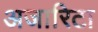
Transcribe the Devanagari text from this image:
अजारिटा